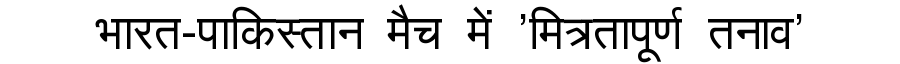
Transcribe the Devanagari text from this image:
भारत-पाकिस्तान मैच में 'मित्रतापूर्ण तनाव'